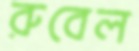
রুবেল